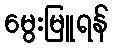
မွေးမြူရန်